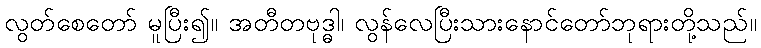
လွတ်စေတော် မူပြီး၍။ အတီတဗုဒ္ဓါ၊ လွန်လေပြီးသားနောင်တော်ဘုရားတို့သည်။